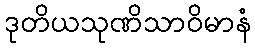
ဒုတိယသုဏိသာဝိမာနံ